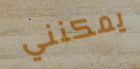
يمكنني